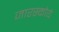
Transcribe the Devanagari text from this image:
जारस्कोये